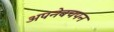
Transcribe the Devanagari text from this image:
अपनेबचपन